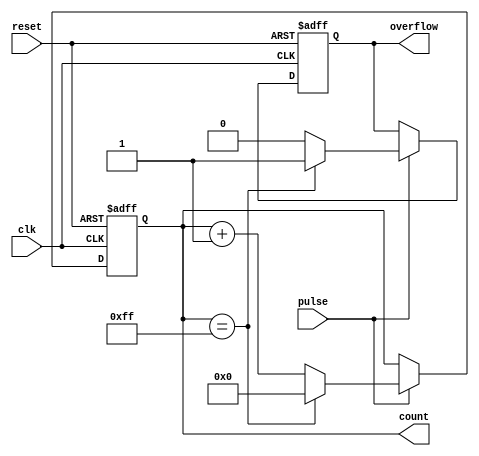
module pulse_counter #(
    parameter N = 8 // Bit width of the counter
)(
    input wire clk,            // Clock signal
    input wire pulse,          // Pulse input signal
    input wire reset,          // Reset signal
    output reg [N-1:0] count,  // Current count value
    output reg overflow        // Overflow signal
);

    // Asynchronous reset and counting logic
    always @(posedge clk or posedge reset) begin
        if (reset) begin
            count <= 0;         // Reset the count to zero
            overflow <= 0;      // Clear overflow signal
        end else if (pulse) begin
            if (count == {N{1'b1}}) begin // Check for overflow condition
                count <= 0;     // Wrap around to zero
                overflow <= 1;   // Set overflow signal
            end else begin
                count <= count + 1; // Increment the count
                overflow <= 0;   // Clear overflow signal
            end
        end
    end

endmodule